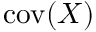
\operatorname { c o v } ( X )